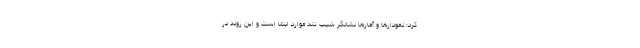
کرد: نمودارها و آمارها نشانگر شیب تند موارد ابتلا است و این روند در